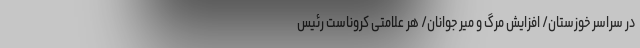
در سراسر خوزستان/ افزایش مرگ و میر جوانان/ هر علامتی کروناست رئیس